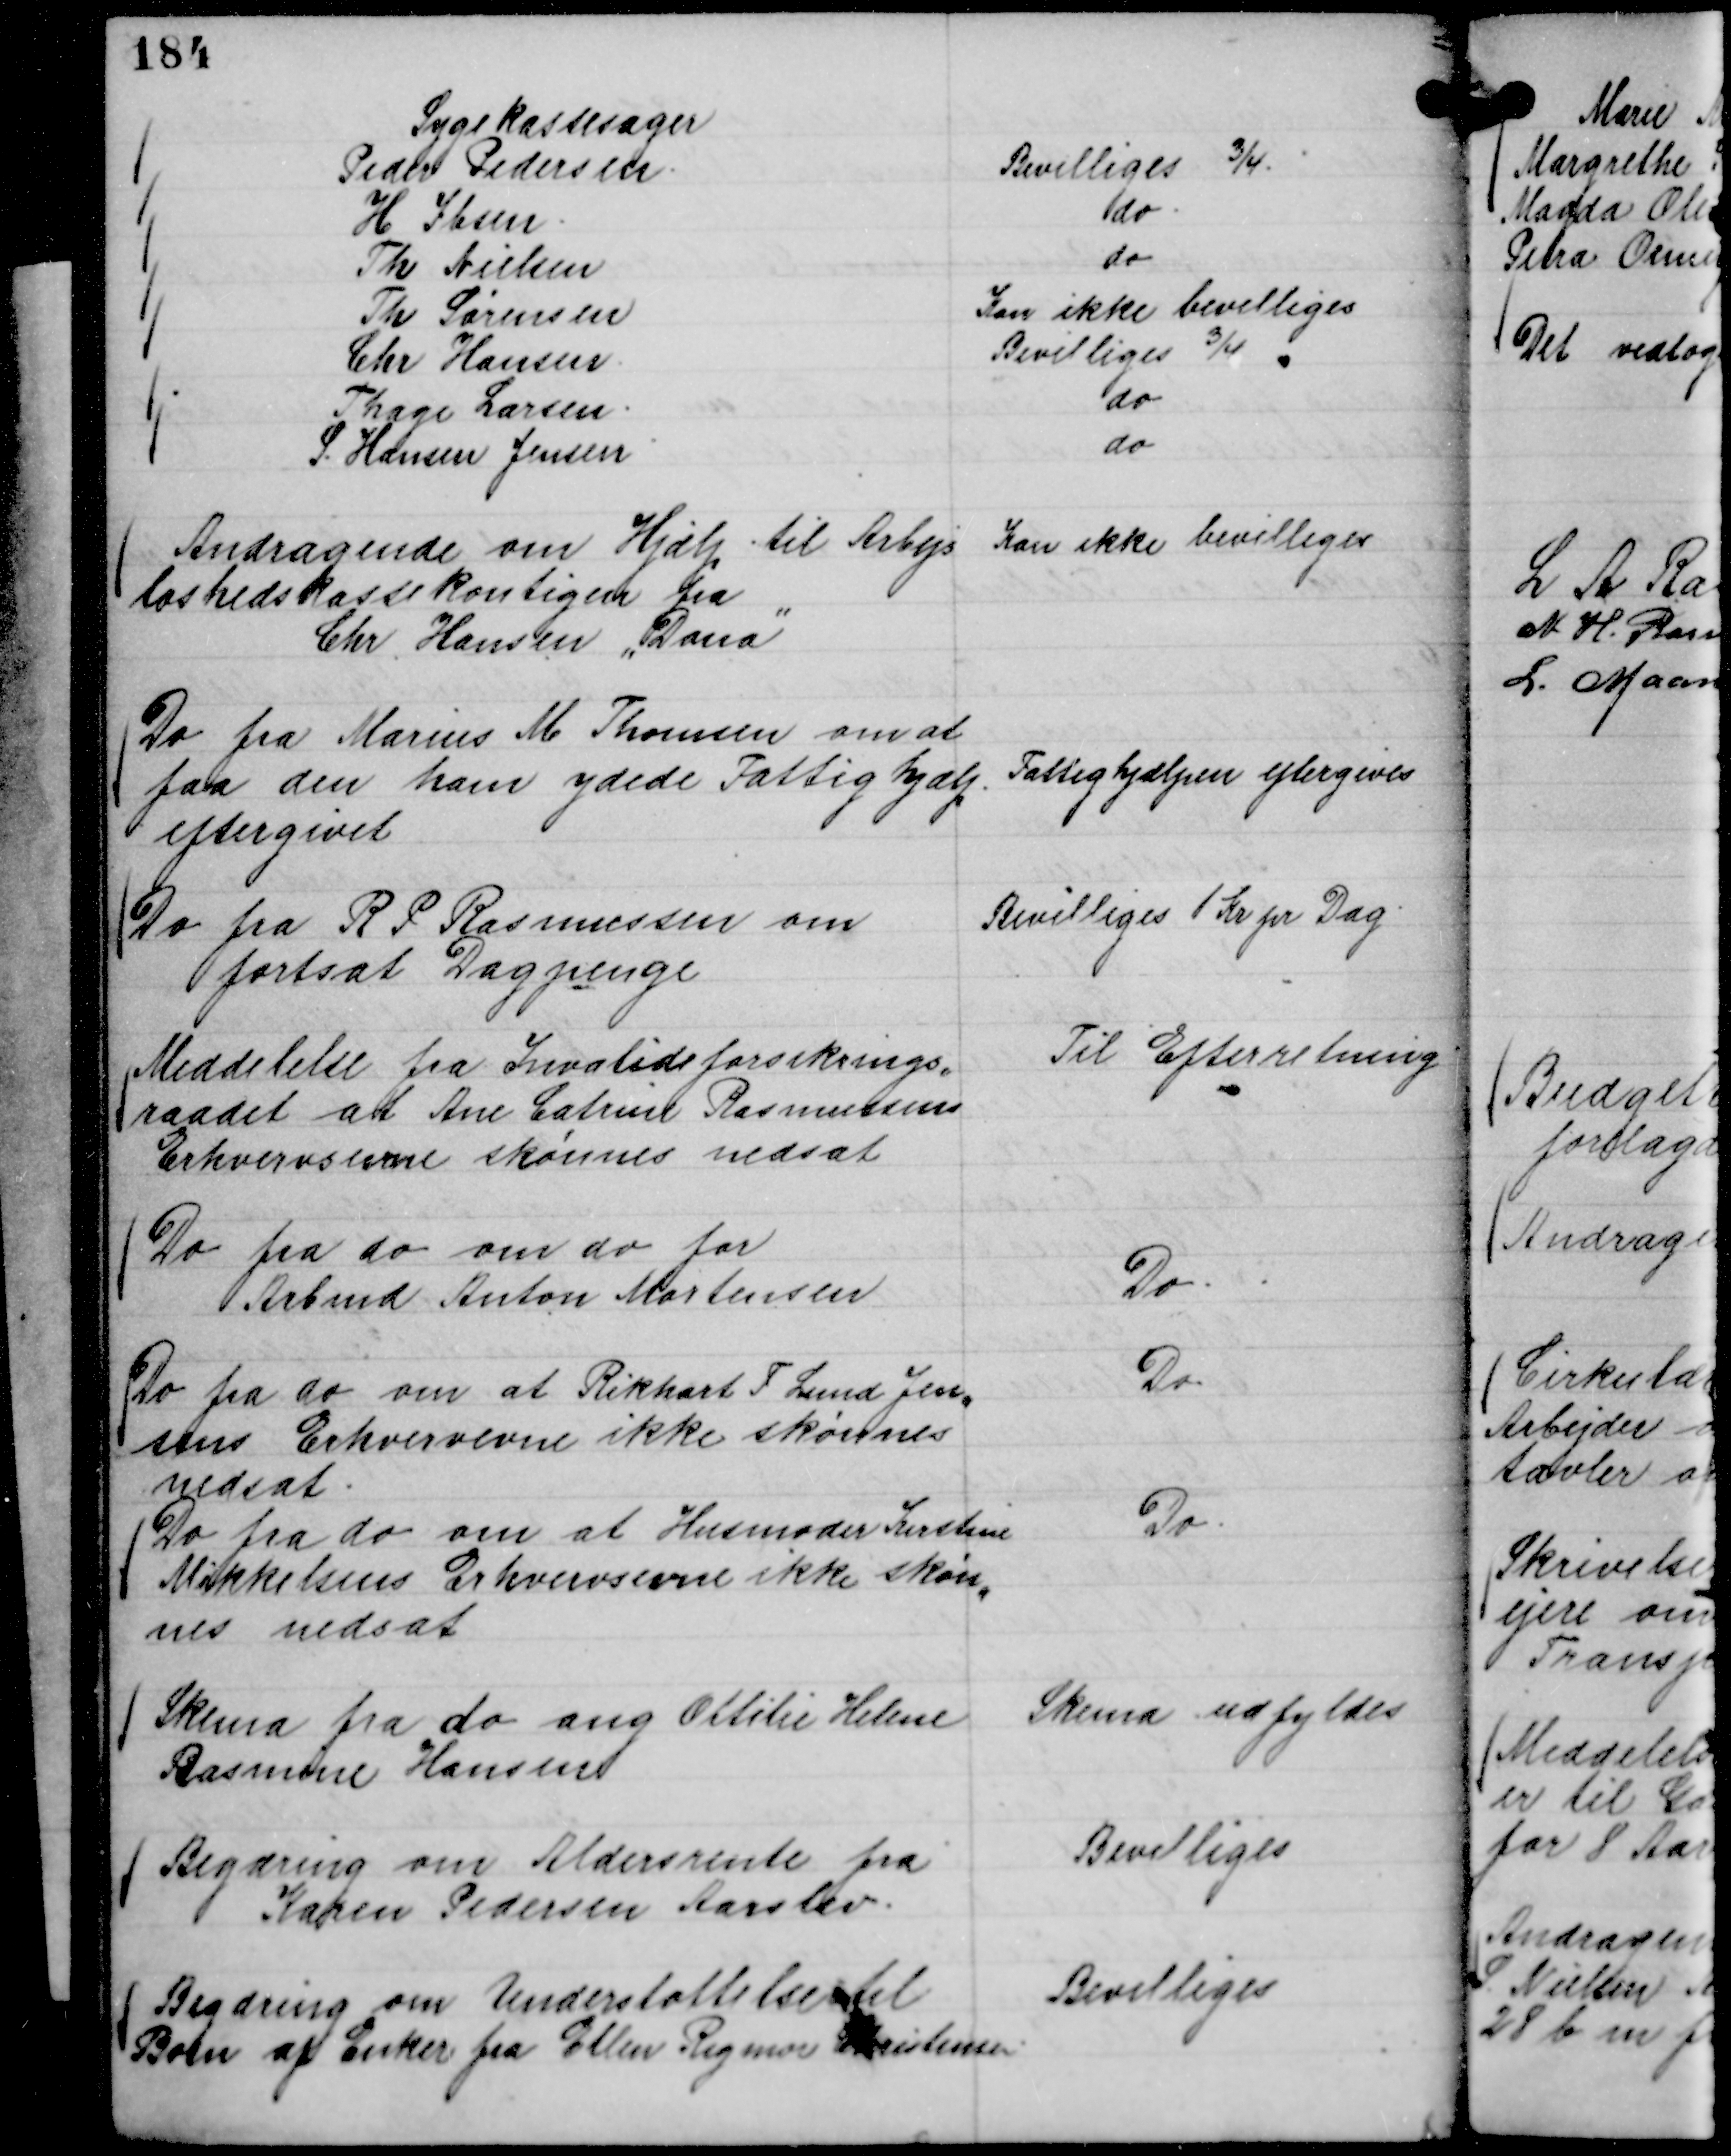
Transskription:
Sygekassesager
Peder Pedersen.
Bevilliges ¾.
H Ibsen.
do.
Th Nielsen
do
Th Sørensen
Kan ikke bevilliges
Chr Hansen.
Bevilliges ¾
Thage Larsen.
do
S. Hansen Jensen
do

Andragende om Hjælp til Arbejs
løshedskassekontigen fra
Chr Hansen "Dana"

Kan ikke bevilliges

Do fra Marius M Thomsen om at
faa den ham ydede Fattighjælp.
eftergivet

Fattighjælpen eftergives

Do fra R P Rasmussen om
fortsat Dagpenge

Bevilliges 1 Kr pr Dag.

Meddelelse fra Invalideforsikrings,,
raadet at Ane Catrine Rasmussens
Erhvervsevne skønnes nedsat

Til Efterretning

Do fra do om do for
Arbmd Anton Mortensen

Do.

Do fra do om at Rikhart F Lund Jen,,
sens Erhvervsevne ikke skønnes
nedsat.

Do.

Do fra do om at Husmoder Kirstine
Mikkelsens Erhvervsevne ikke skøn,,
nes nedsat

Do.

Skema fra do ang Ottilie Helene
Rasmine Hansen

Skema udfyldes

Begæring om Aldersrente fra
Karen Pedersen Aarslev.

Bevilliges

Begæring om Understøttelse til
Børn af Enker fra Ellen Rigmor Kristensen.

Bevilliges